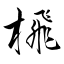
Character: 榌